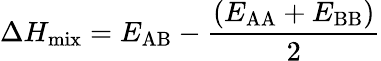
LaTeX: \Delta H_{\mathrm{mix}}=E_{\mathrm{AB}}-\frac{(E_{\mathrm{AA}}+E_{\mathrm{BB}})}{2}